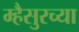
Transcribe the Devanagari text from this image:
म्हैसुरच्या